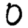
Digit: 0